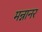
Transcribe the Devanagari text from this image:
मन्नानर